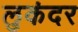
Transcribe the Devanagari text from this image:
लुकंदर